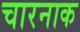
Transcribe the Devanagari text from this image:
चारनाक